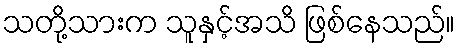
သတို့သားက သူနှင့်အသိ ဖြစ်နေသည်။